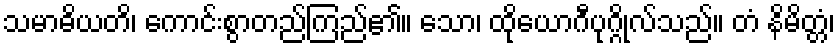
သမာဓိယတိ၊ ကောင်းစွာတည်ကြည်၏။ သော၊ ထိုယောဂီပုဂ္ဂိုလ်သည်။ တံ နိမိတ္တံ၊